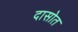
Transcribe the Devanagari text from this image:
दासोत